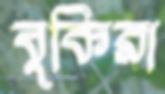
বুকিরা